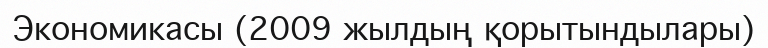
Экономикасы (2009 жылдың қорытындылары)